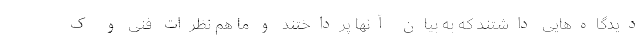
دیدگاه‌هایی داشتند که به بیان آنها پرداختند و ما هم نظرات فنی و ک